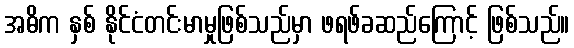
အဓိက နှစ် နိုင်ငံတင်းမာမှုဖြစ်သည်မှာ ဖရဖ်ခဆည်ကြောင့် ဖြစ်သည်။